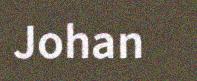
Johan